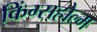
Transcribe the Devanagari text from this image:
किंग्सहोल्म